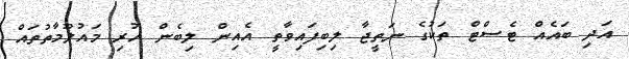
އަދި ބައެއް ޓެސްޓް ތަކުގެ ނަތީޖާ ލިިބިފައިވާތީ އެއިން ލިބެން ހުރި މައުލޫމާތުތައް